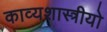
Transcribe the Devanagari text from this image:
काव्यशास्त्रीयो